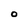
Character: O